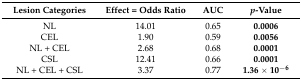
<table><thead><tr><td><b>Lesion Categories</b></td><td><b>Effect = Odds Ratio</b></td><td><b>AUC</b></td><td><b><i>p</i>-Value</b></td></tr></thead><tbody><tr><td>NL</td><td>14.01</td><td>0.65</td><td><b>0.0006</b></td></tr><tr><td>CEL</td><td>1.90</td><td>0.59</td><td><b>0.0056</b></td></tr><tr><td>NL + CEL</td><td>2.68</td><td>0.68</td><td><b>0.0001</b></td></tr><tr><td>CSL</td><td>12.41</td><td>0.66</td><td><b>0.0001</b></td></tr><tr><td>NL + CEL + CSL</td><td>3.37</td><td>0.77</td><td><b>1.36 × 10<sup>−6</sup></b></td></tr></tbody></table>